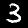
Label: 3